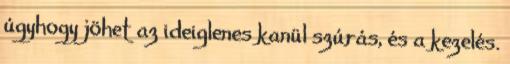
úgyhogy jöhet az ideiglenes kanül szúrás, és a kezelés.